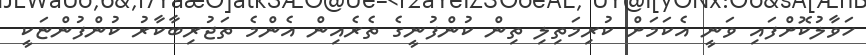
ހަވާލުކޮށްފައި ވަނީ އެކަމަށް ކުރިމަތިލި ތިން ކުންފުނީގެ ތެރެއިން އެންމެ ތަޖުރިބާކާރު ކުންފުންޏަކީ